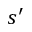
s ^ { \prime }